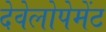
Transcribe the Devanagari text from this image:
देवेलोपेमेंट